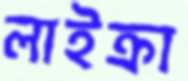
লাইক্রা